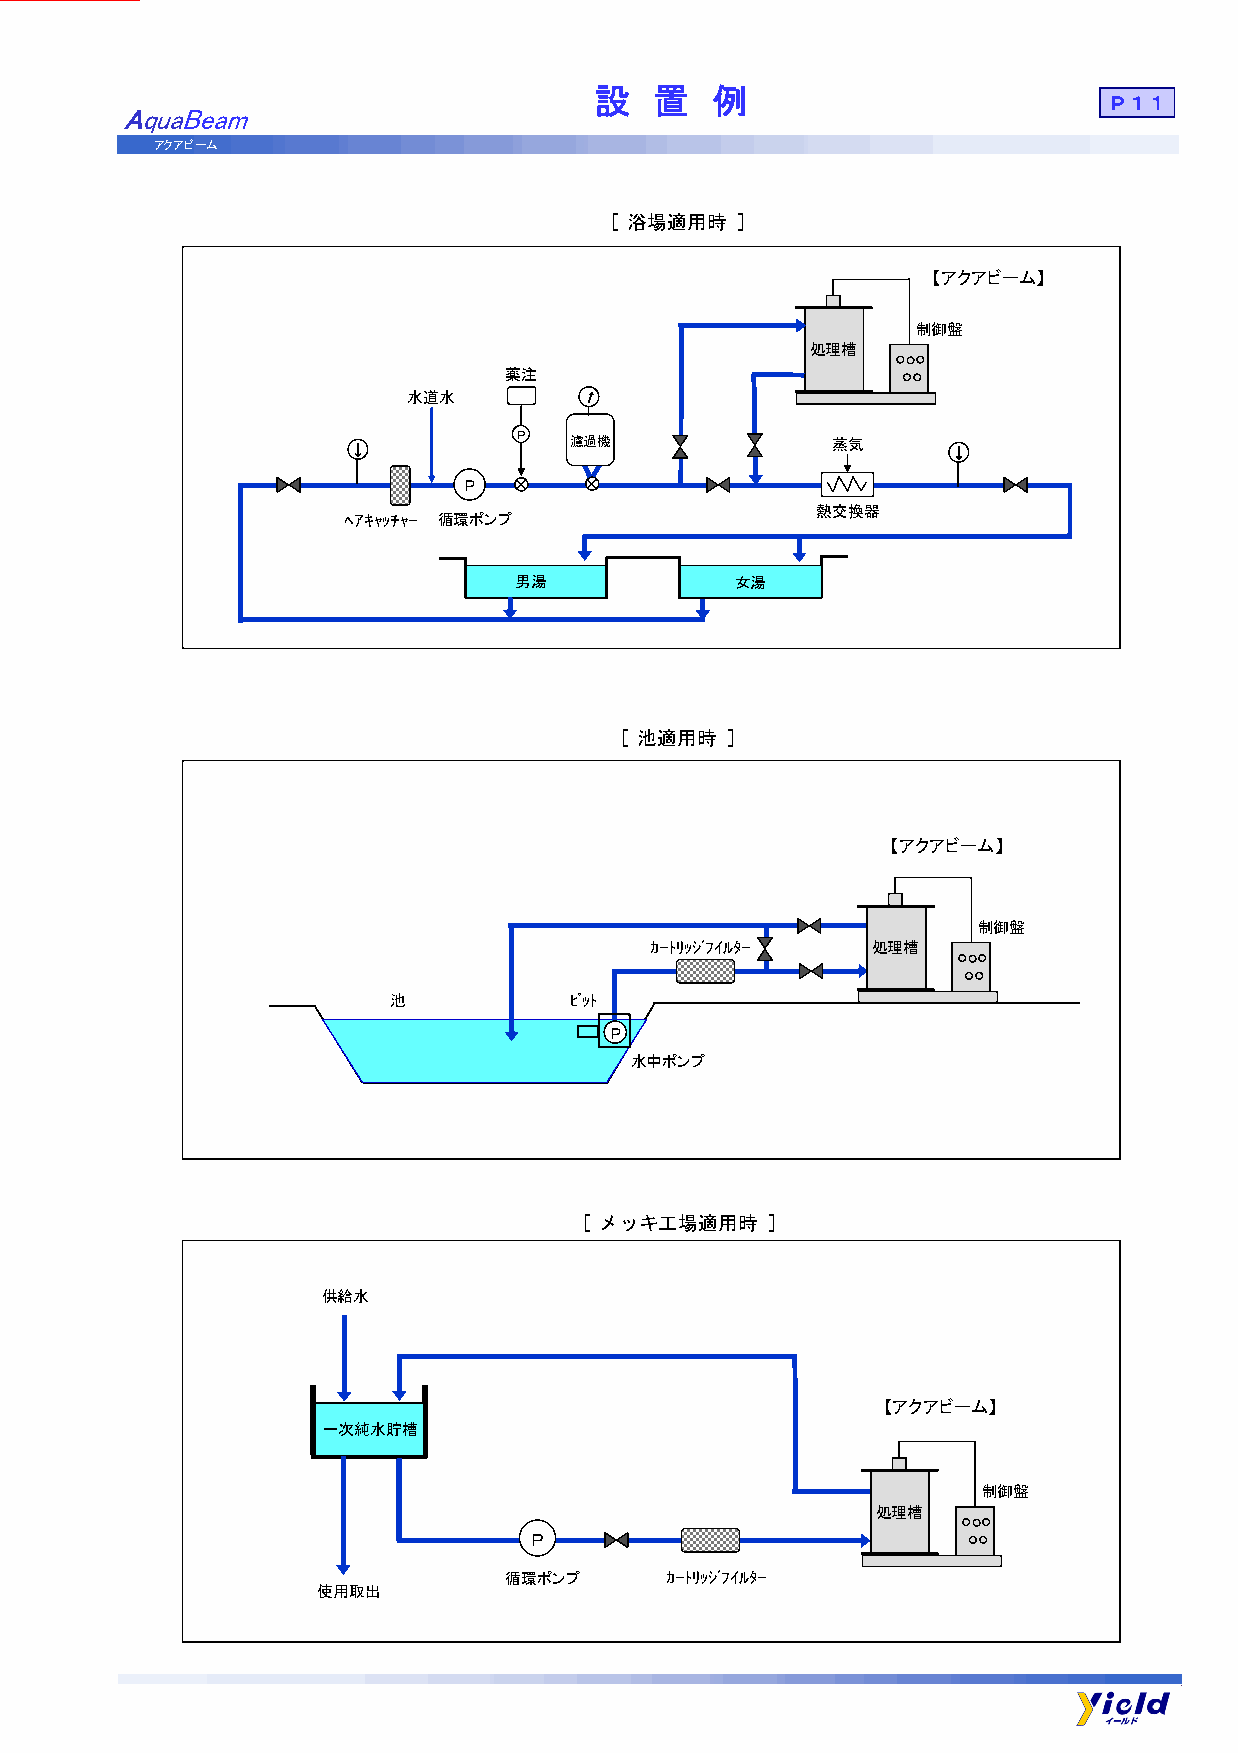
設   置   例
 Ｐ１１
 AquaBeam
 アクアビーム
 [ 浴場適用時  ]
 【アクアビーム】
 制御盤
 処理槽
 薬注
 水道水         ↑
 ↓          Ｐ   濾過機              蒸気      ↓
 Ｐ
 熱交換器
 ﾍｱｷｬｯﾁｬｰ 循環ポンプ
 男湯             女湯
 [ 池適用時 ]
 【アクアビーム】
 制御盤
 ｶｰﾄﾘｯｼﾞﾌｲﾙﾀｰ   処理槽
 池           ﾋﾟｯﾄ
 Ｐ
 水中ポンプ
 [ メッキ工場適用時  ]
 供給水
 【アクアビーム】
 一次純水貯槽
 制御盤
 処理槽
 Ｐ
 循環ポンプ     ｶｰﾄﾘｯｼﾞﾌｲﾙﾀｰ
 使用取出